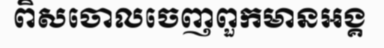
ពិសចោលចេញពួកមានអង្គ